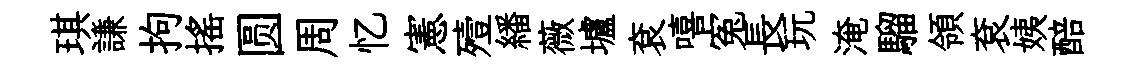
琪謙拘揺圆周忆憲殪繙薇壚袞嘻寃長玩淹騮領袞姨醅